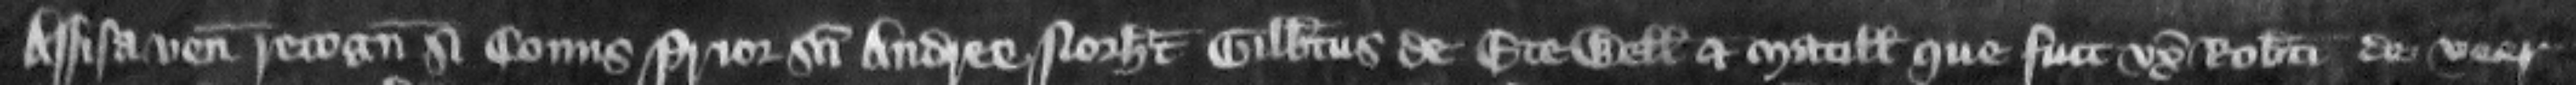
Assisa venit recognitura si Conus prior Sancti Andree Norhamton Gilbertus de Etewell et Matillis que fuit vor Roberti de Veer